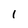
Character: 1